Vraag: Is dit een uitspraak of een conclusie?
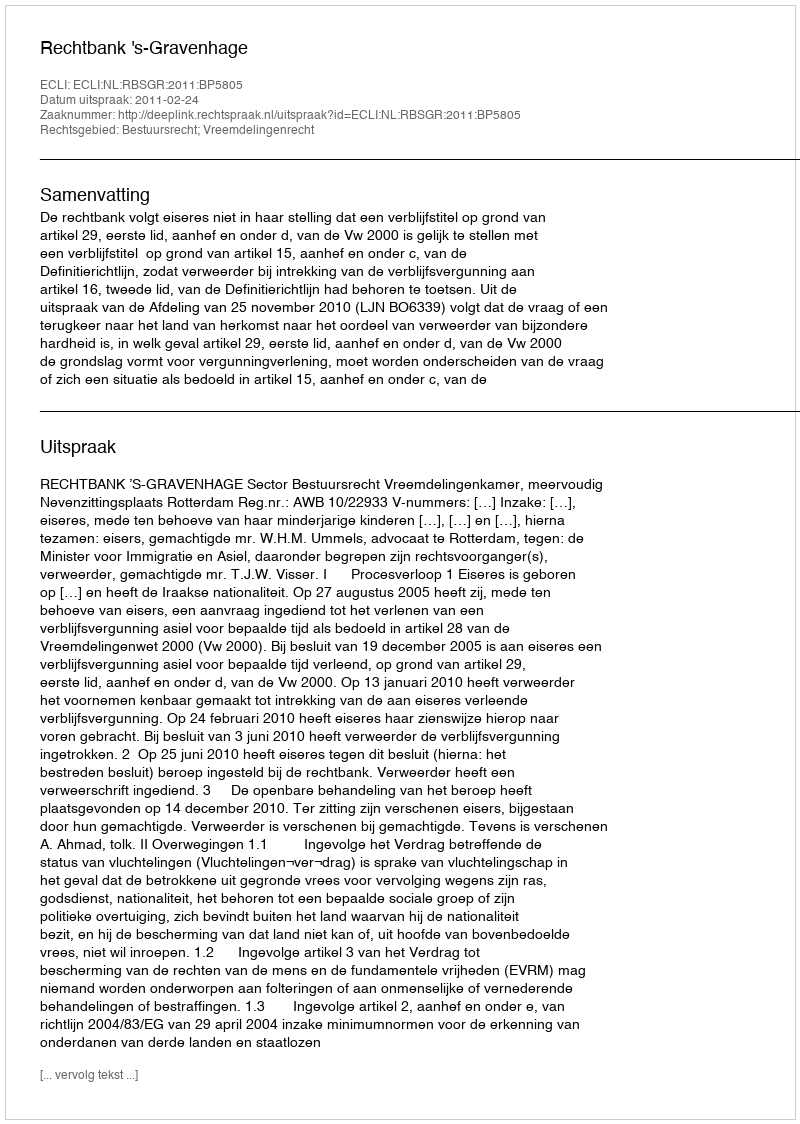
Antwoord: Uitspraak